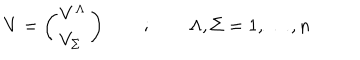
V = \left( \begin{array} { c } { { V ^ { \Lambda } } } \\ { { V _ { \Sigma } \ } } \\ \end{array} \right) \quad \quad ; \quad \quad \Lambda , \Sigma = 1 , \dots , n